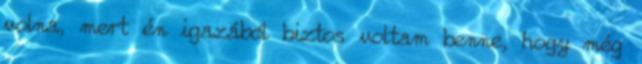
volna, mert én igazából biztos voltam benne, hogy még